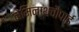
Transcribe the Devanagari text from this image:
नेमिनाथचौपाई